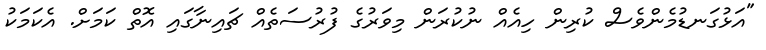
"އަޅުގަނޑުމެންވެސް ކުރިން ހިއެއް ނުކުރަން މިވަރުގެ ފުރުސަތެއް ޗައިނާގައި އޮތް ކަމަށް. އެކަމަކު